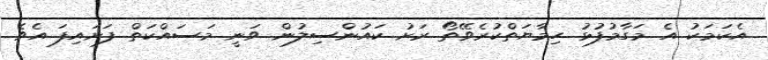
އެކަމަކު އެ މަގާމުފުޅު ހިމާޔަތްކުރެވޭތޯ ރަށު ކައުންސިލުން ވަނީ މަސައްކަތް ފަށައިފަ އެވެ.